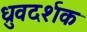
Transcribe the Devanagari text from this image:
ध्रुवदर्शक